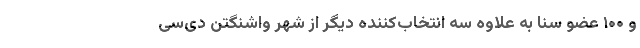
و ۱۰۰ عضو سنا به علاوه سه انتخاب‌کننده دیگر از شهر واشنگتن دی‌سی